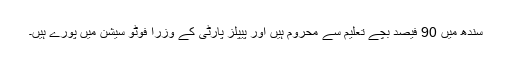
سندھ میں 90 فیصد بچے تعلیم سے محروم ہیں اور پیپلز پارٹی کے وزرا فوٹو سیشن میں پورے ہیں۔